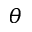
\theta